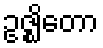
ဥဇ္ဈိတော